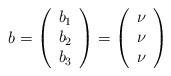
LaTeX: \begin{align*}b =\left(\begin{array}{r} b_1 \\ b_2 \\ b_3 \end{array}\right)=\left(\begin{array}{r} \nu \\ \nu \\ \nu \end{array}\right)\end{align*}